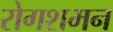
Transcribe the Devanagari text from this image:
रोगशमन